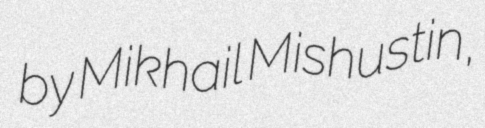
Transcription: by Mikhail Mishustin,